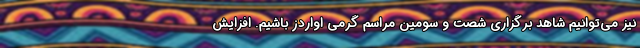
نیز می‌توانیم شاهد برگزاری شصت و سومین مراسم گرمی اواردز باشیم. افزایش